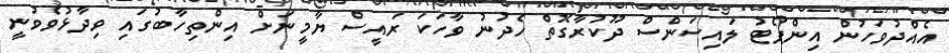
އެއްދުވަހުން އިންޕޯޓު ލައިސަންސް ދޫކުރާގޮތް ހެދުނު ވާހަކަ ރައީސް ޔާމީނަށް އިންތިހާބުގައި ވިދާޅުވެވުނީ